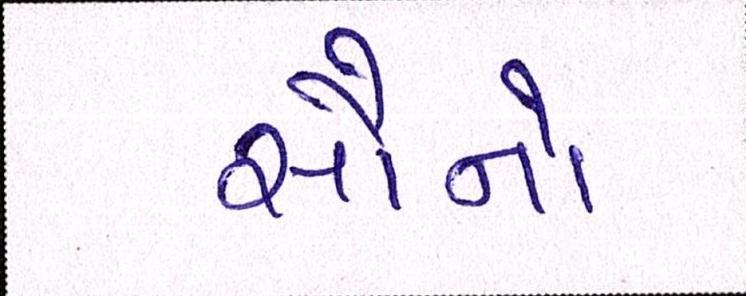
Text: સૌનો